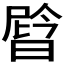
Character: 𬁉